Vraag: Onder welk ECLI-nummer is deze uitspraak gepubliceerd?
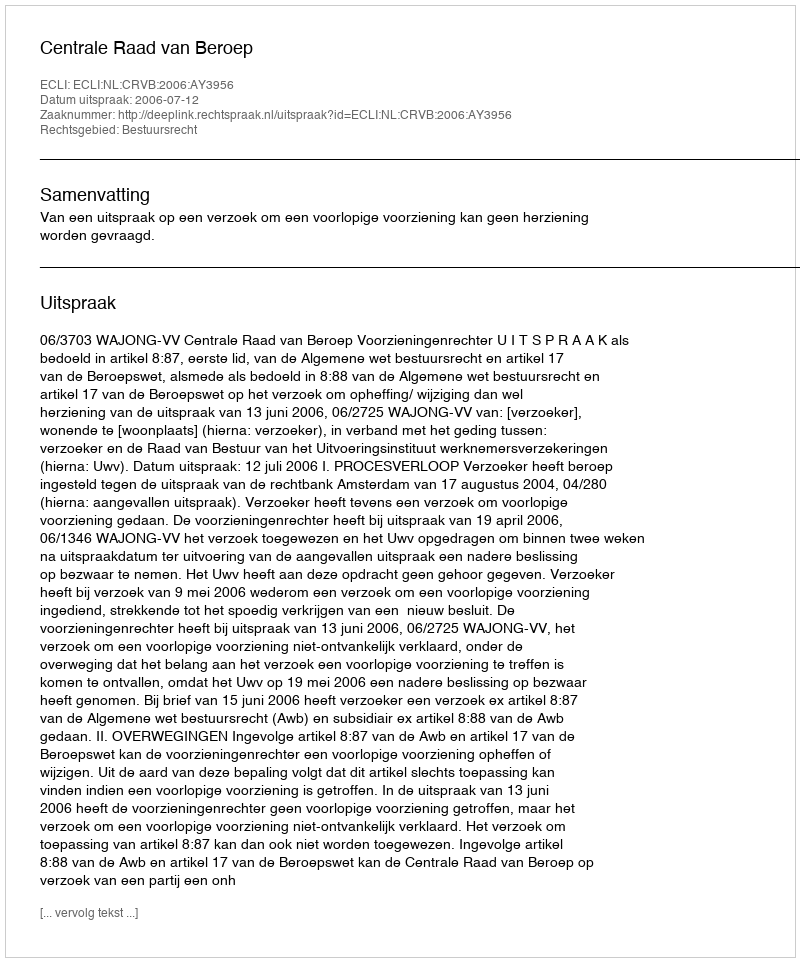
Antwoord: ECLI:NL:CRVB:2006:AY3956